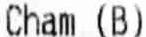
CHAM (B)